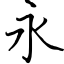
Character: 永